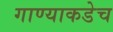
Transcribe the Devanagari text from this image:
गाण्याकडेच